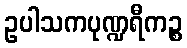
ဥပါသကပုဏ္ဍရီကဉ္စ